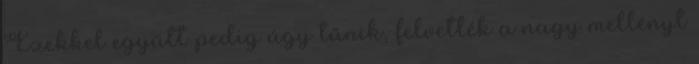
Ezekkel együtt pedig úgy tűnik, felvették a nagy mellényt